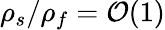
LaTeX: \rho_{s}/\rho_{f}=\mathcal{O}(1)